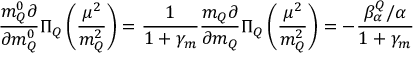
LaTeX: \frac { m _ { Q } ^ { 0 } \partial } { \partial m _ { Q } ^ { 0 } } \Pi _ { Q } \left( \frac { \mu ^ { 2 } } { m _ { Q } ^ { 2 } } \right) = \frac { 1 } { 1 + \gamma _ { m } } \frac { m _ { Q } \partial } { \partial m _ { Q } } \Pi _ { Q } \left( \frac { \mu ^ { 2 } } { m _ { Q } ^ { 2 } } \right) = - \frac { \beta _ { \alpha } ^ { Q } / \alpha } { 1 + \gamma _ { m } }